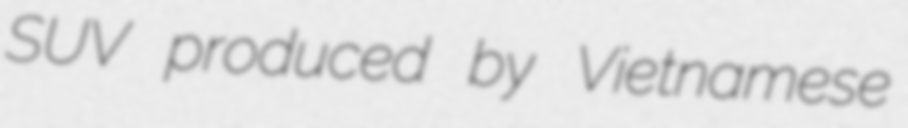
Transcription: SUV produced by Vietnamese